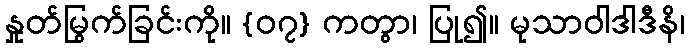
နှုတ်မြွက်ခြင်းကို။ {၀၇} ကတွာ၊ ပြု၍။ မုသာဝါဒါဒီနိ၊